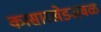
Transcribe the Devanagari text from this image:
कासारखेडजवळ